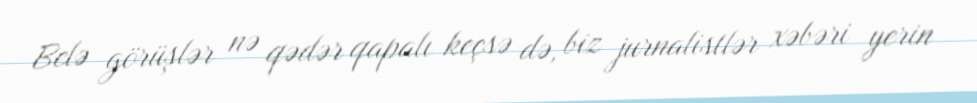
Belə görüşlər nə qədər qapalı keçsə də, biz jurnalistlər xəbəri yerin